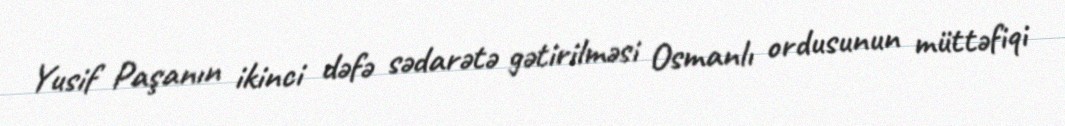
Yusif Paşanın ikinci dəfə sədarətə gətirilməsi Osmanlı ordusunun müttəfiqi